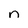
Character: n